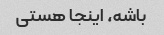
باشه، اینجا هستی